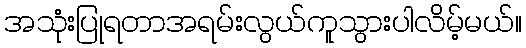
အသုံးပြုရတာအရမ်းလွယ်ကူသွားပါလိမ့်မယ်။